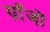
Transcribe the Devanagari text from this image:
ग्राँजों